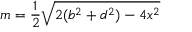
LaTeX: m = { \frac { 1 } { 2 } } { \sqrt { 2 ( b ^ { 2 } + d ^ { 2 } ) - 4 x ^ { 2 } } }